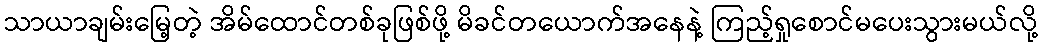
သာယာချမ်းမြေ့တဲ့ အိမ်ထောင်တစ်ခုဖြစ်ဖို့ မိခင်တယောက်အနေနဲ့ ကြည့်ရှုစောင်မပေးသွားမယ်လို့